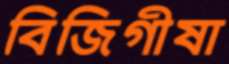
বিজিগীষা